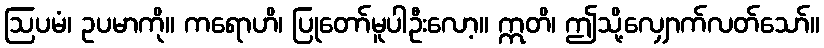
ဩပမံ၊ ဥပမာကို။ ကရောဟိ၊ ပြုတော်မူပါဦးလော့။ ဣတိ၊ ဤသို့လျှောက်လတ်သော်။